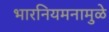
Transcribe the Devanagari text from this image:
भारनियमनामुळे